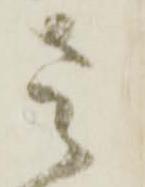
さ